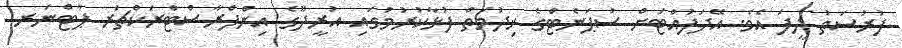
ފުރުސަތު ދީފަ އެވެ. އޭދަފުއްޓަށް ސުޕަނެޓްގެ ޚިދުމަތް ފުޅާކުރުމުގައި އުރީދޫގެ އިންފްރާސްޓްރަކްޗަރ ޕާޓްނަރ